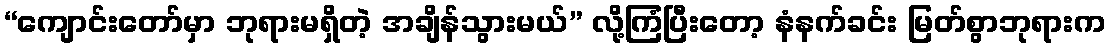
“ကျောင်းတော်မှာ ဘုရားမရှိတဲ့ အချိန်သွားမယ်” လို့ကြံပြီးတော့ နံနက်ခင်း မြတ်စွာဘုရားက